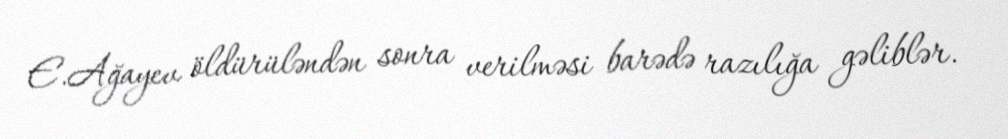
E.Ağayev öldürüləndən sonra verilməsi barədə razılığa gəliblər.